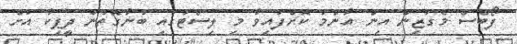
ފޯބްސް މެގަޒިން އިން އާންމު ކޮށްފައިވާ މި ލިސްޓުގައި ބުނާގޮތުން ދީޕިކާ އަށް